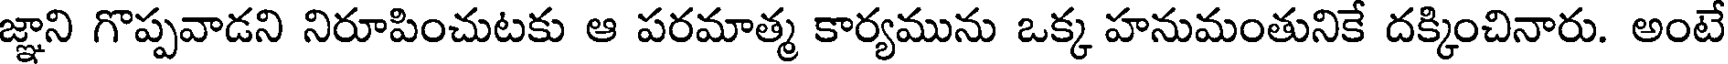
జ్ఞాని గొప్పవాడని నిరూపించుటకు ఆ పరమాత్మ కార్యమును ఒక్క హనుమంతునికే దక్కించినారు. అంటే